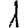
Digit: 1